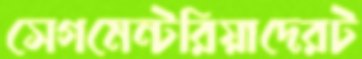
সেগমেন্টরিয়াদেরট